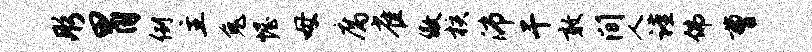
彤胃例主兔幄母腐雀傲核沛干敢间人谨佛曹